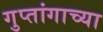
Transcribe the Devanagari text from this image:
गुप्तांगाच्या